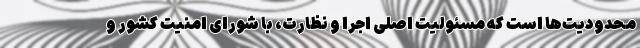
محدودیت‌ها است که مسئولیت اصلی اجرا و نظارت، با شورای امنیت کشور و